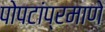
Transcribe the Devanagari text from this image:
पोपटांप्रमाणे